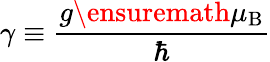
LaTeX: \gamma\equiv\frac{g{\ensuremath{\mu_{\mathrm{B}}}}}{\hbar}